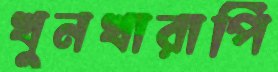
খুনখারাপি